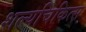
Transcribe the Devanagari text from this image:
शल्यचिकित्स